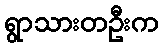
ရွာသားတဦးက